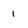
Character: 1